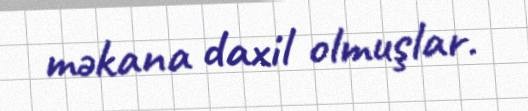
məkana daxil olmuşlar.